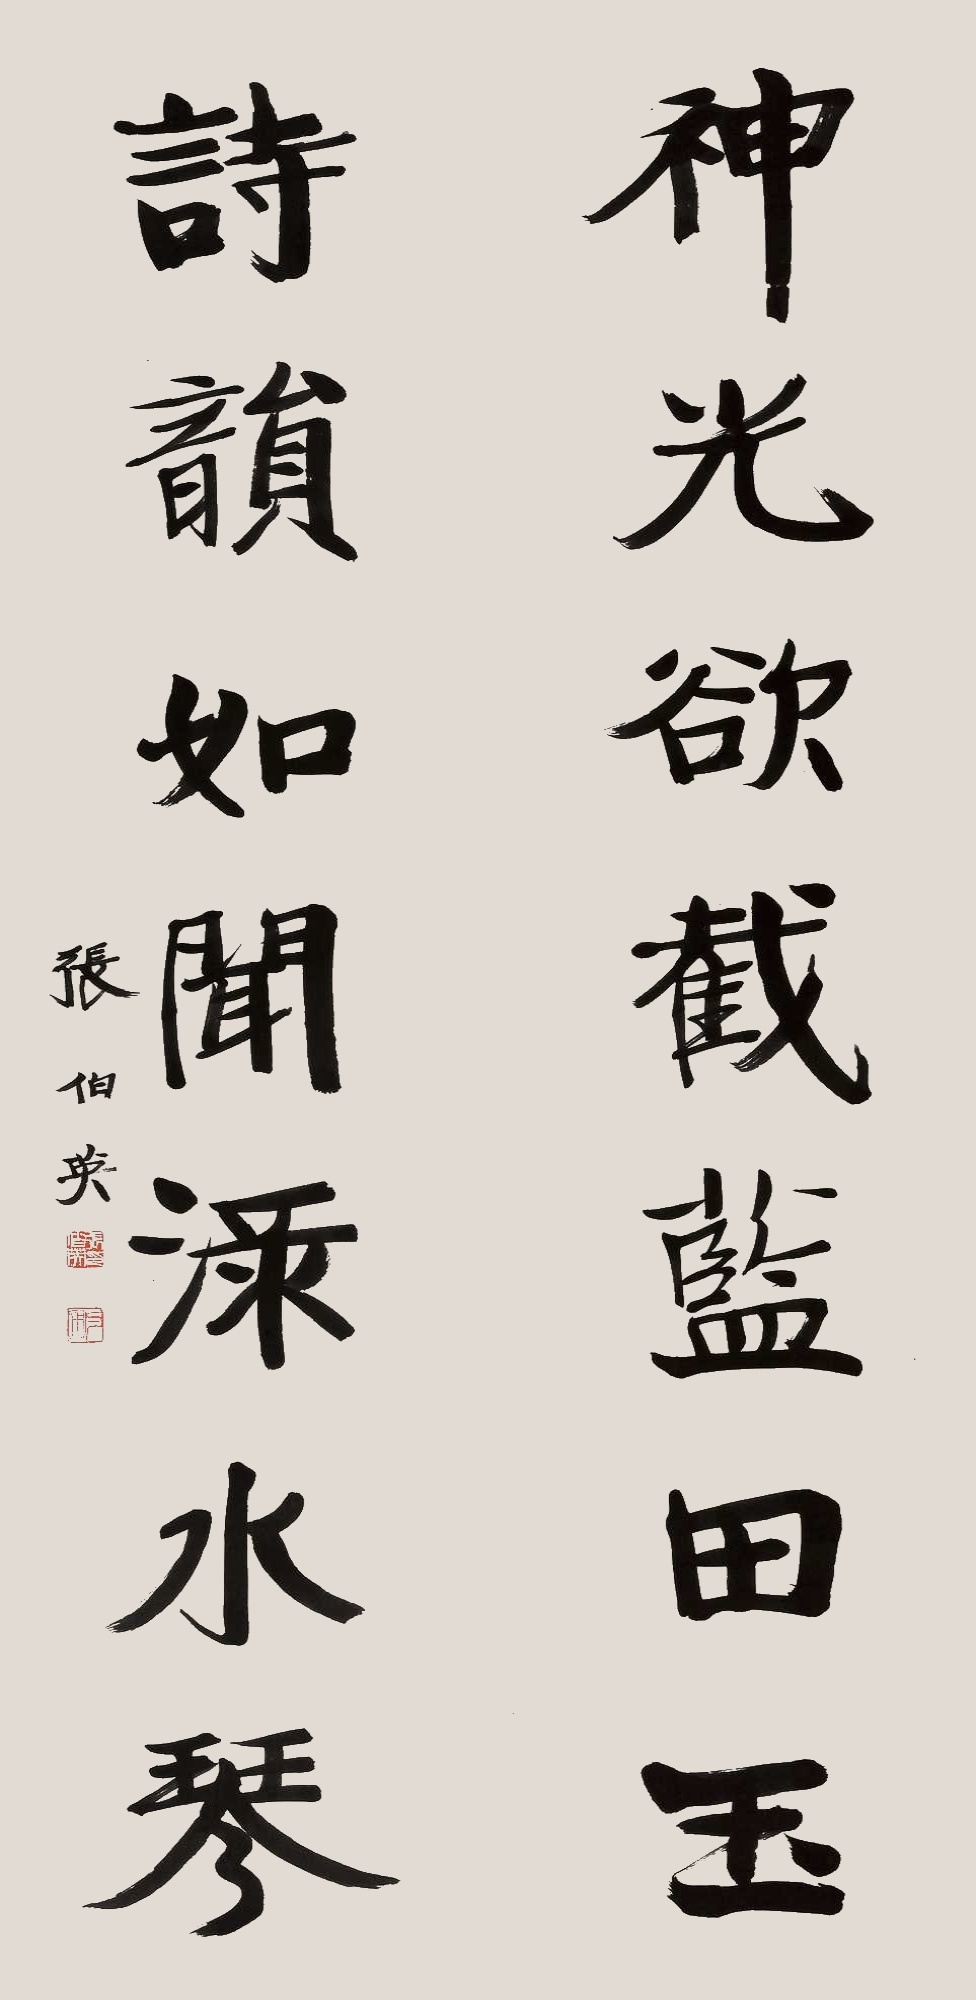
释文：神光欲截蓝田玉，诗韵如闻渌水琴。张伯英。